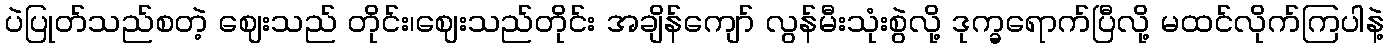
ပဲပြုတ်သည်စတဲ့ ဈေးသည် တိုင်း၊ဈေးသည်တိုင်း အချိန်ကျော် လွန်မီးသုံးစွဲလို့ ဒုက္ခရောက်ပြီလို့ မထင်လိုက်ကြပါနဲ့